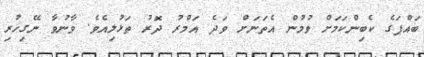
ބައްޕަގެ ކެބިންކަމަށް ވުމުން އެތަނަށް ވަދެ އަމްރު ދޮރު ތަޅުލިއެވެ. ވާނުވާ ނޭގިހުރި